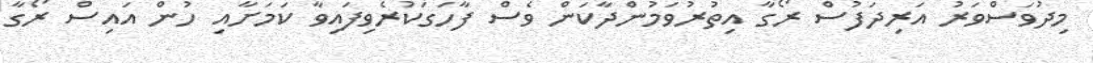
މިދުވަސްވަރު އަރިދަފުސް ރޯގާ އިތުރުވަމުންދާކަން ވެސް ފާހަގަކުރެވިފައިވާ ކަމަށާއި ހުން އައިސް ރޯގާ